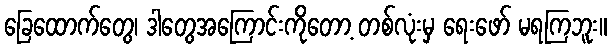
ခြေထောက်တွေ၊ ဒါတွေအကြောင်းကိုတော့ တစ်လုံးမှ ရေးဖော် မရကြဘူး။